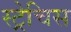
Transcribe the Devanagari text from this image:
स्ट्रेचिस